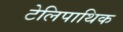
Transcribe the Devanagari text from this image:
टेलिपाथिक